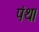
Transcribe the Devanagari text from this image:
पंथ।